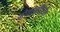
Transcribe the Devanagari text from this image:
मोकाशींवरील